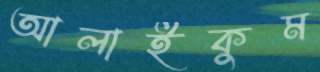
আলাইকুম